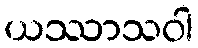
ယဿာသဝါ